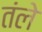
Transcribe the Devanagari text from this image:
तंले